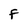
Character: F